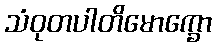
သံဝုတပါတိမောက္ခော